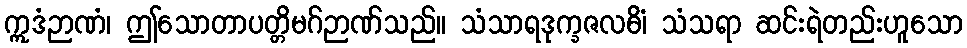
ဣဒံဉာဏံ၊ ဤသောတာပတ္တိမဂ်ဉာဏ်သည်။ သံသာရဒုက္ခဇလဓိံ၊ သံသရာ ဆင်းရဲတည်းဟူသော